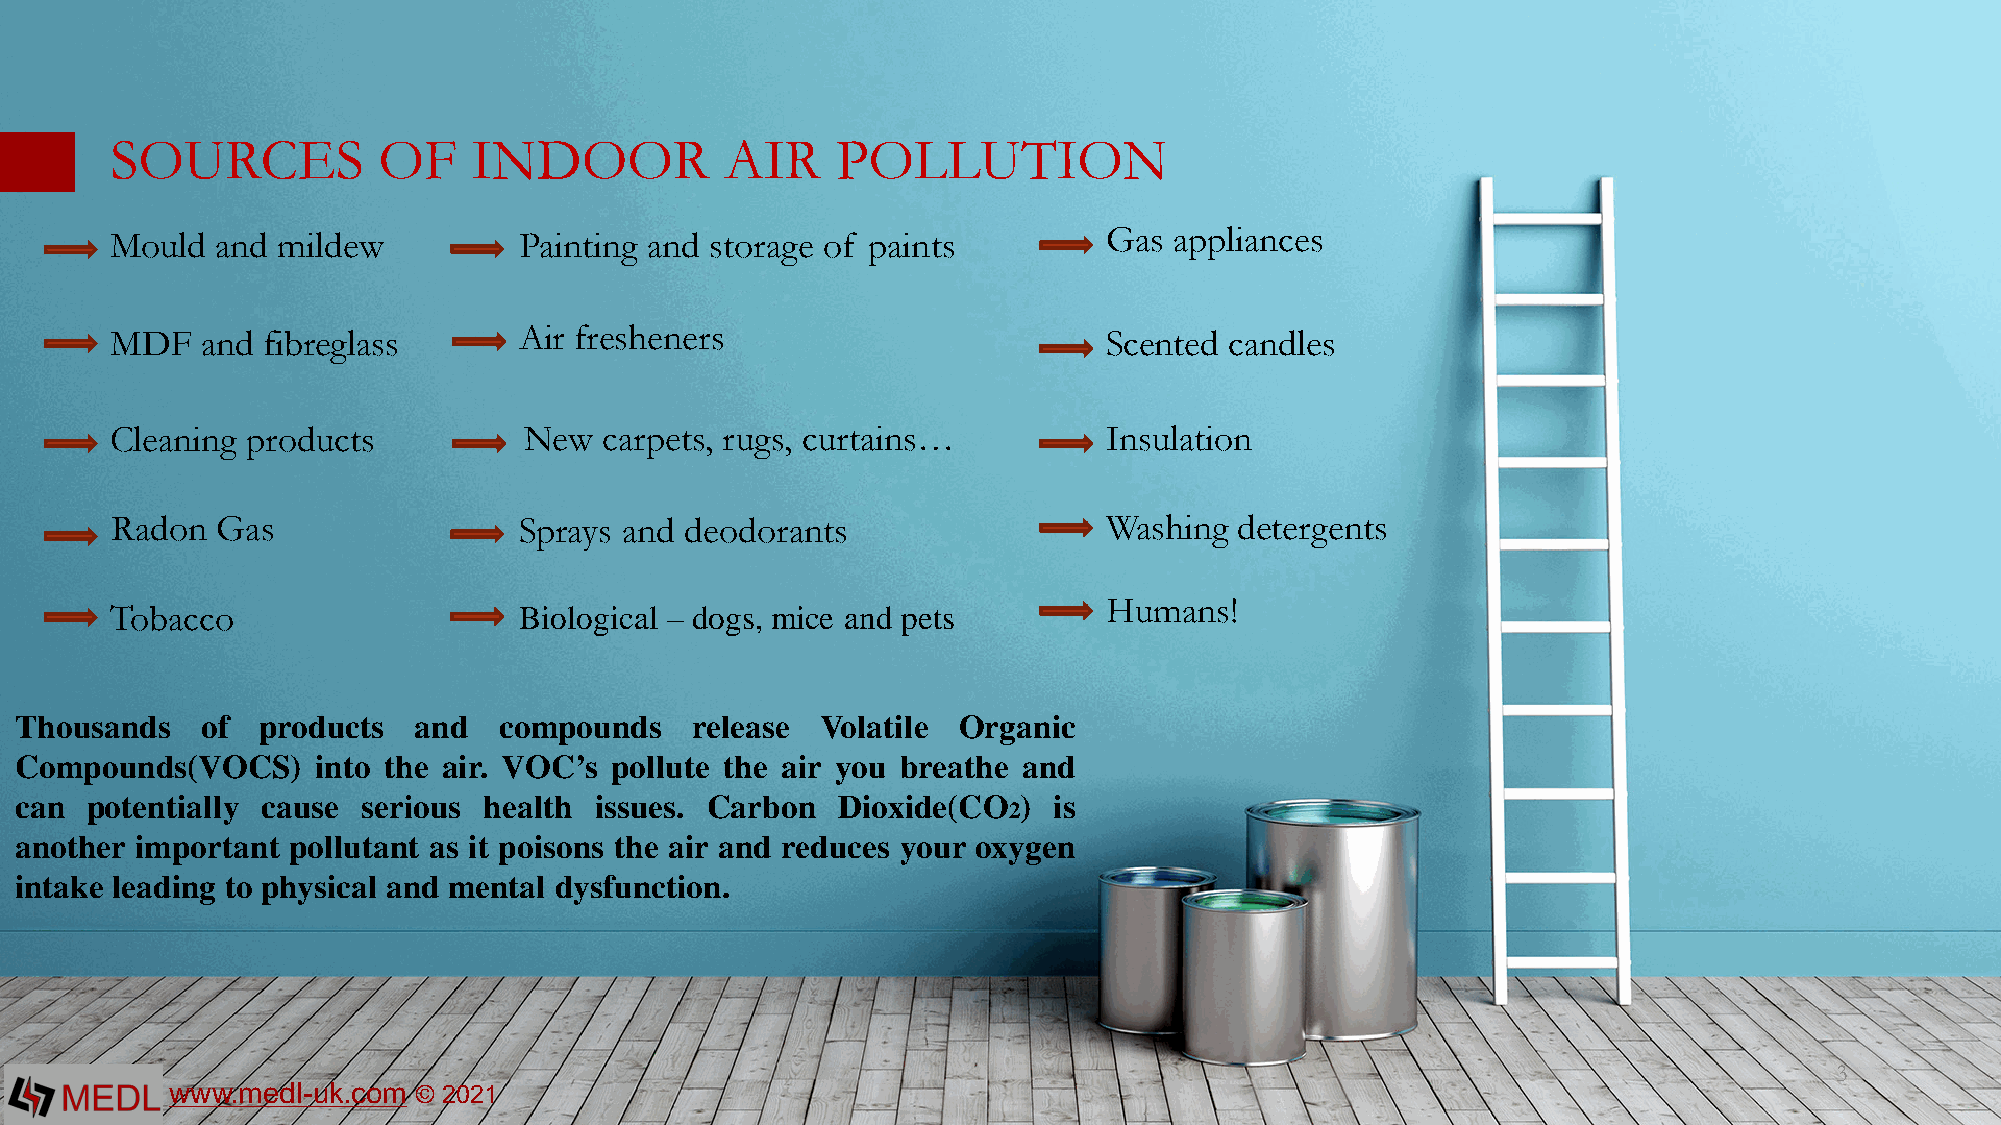
SOURCES           OF    INDOOR           AIR    POLLUTION
 Mould  and mildew          Painting and storage of paints         Gas  appliances
 MDF   and fibreglass       Air fresheners                         Scented candles
 Cleaning products           New  carpets, rugs, curtains…         Insulation
 Radon  Gas                 Sprays and deodorants                  Washing  detergents
 Humans!
 Tobacco                    Biological – dogs, mice and pets
 Thousands   of  products  and   compounds    release Volatile Organic
 Compounds(VOCS)     into the air. VOC’s pollute the air you breathe and
 can  potentially cause serious health issues. Carbon  Dioxide(CO   ) is
 2
 another important pollutant as it poisons the air and reduces your oxygen
 intake leading to physical and mental dysfunction.
 3
 www.medl-uk.com © 2021